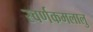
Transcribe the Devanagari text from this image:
स्वर्णकमलालु